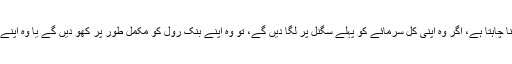
مثلاً، ایک تاجر 3 مختلف سگنلز کے حوالے سے معاملہ بندی کرنا چاہتا ہے، اگر وہ اپنی کُل سرمائے کو پہلے سگنل پر لگا دیں گے، تو وہ اپنے بنک رول کو مکمل طور پر کھو دیں گے یا وہ اپنے بنک رول کو ڈبل بھی کر سکتے ہیں اگر سگنل قابل اعتبار رہے۔